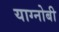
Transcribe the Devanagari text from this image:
याग्नोबी